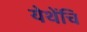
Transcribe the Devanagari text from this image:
येथेंचि